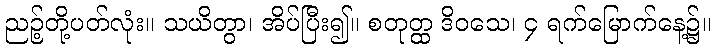
ညဉ့်တို့ပတ်လုံး။ သယိတွာ၊ အိပ်ပြီး၍။ စတုတ္ထ ဒိဝသေ၊ ၄ ရက်မြောက်နေ့၌။